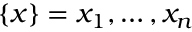
\{ x \} = x _ { 1 } , \ldots , x _ { n }